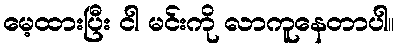
မေ့ထားပြီး ငါ မင်းကို လာကူနေတာပါ။